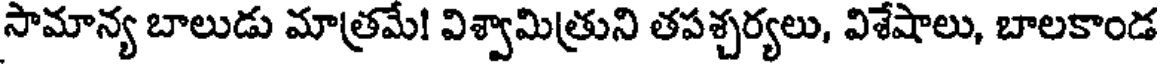
సామాన్య బాలుడు మాత్రమే! విశ్వామిత్రుని తపశ్చర్యలు, విశేషాలు, బాలకాండ